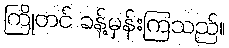
ကြိုတင် ခန့်မှန်းကြသည်။